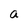
Character: a